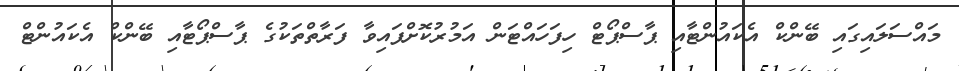
މައްސަލައިގައި ބޭންކް އެކައުންޓާއި ޕާސްޕޯޓް ހިފަހައްޓަން އަމުރުކޮށްފައިވާ ފަރާތްތަކުގެ ޕާސްޕޯޓާއި ބޭންކް އެކައުންޓް